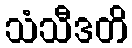
သံသီဒတိ